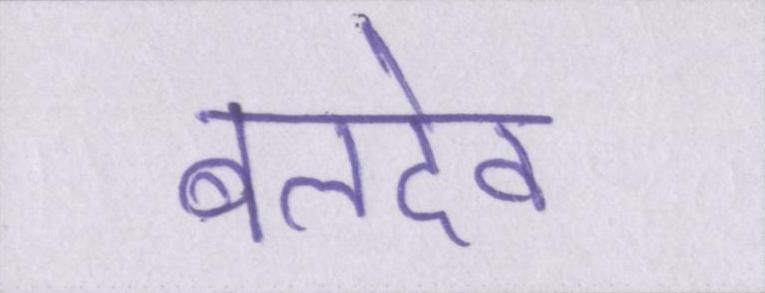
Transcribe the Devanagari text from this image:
बलदेव